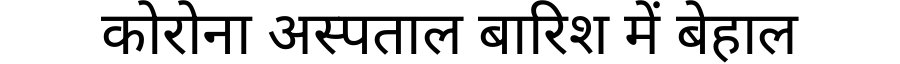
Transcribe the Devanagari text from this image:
कोरोना अस्पताल बारिश में बेहाल